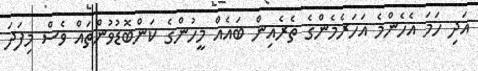
އަދި ހަމަ އެހެންމެ އަހަރެމެންގެ ތެރެއިން ބައެއް މީހުންގެ ކަންބޮޑުވުންތައް ވެސް މިފަދަ